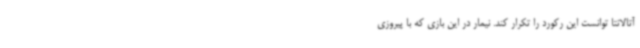
آتالانتا توانست این رکورد را تکرار کند. نیمار در این بازی که با پیروزی